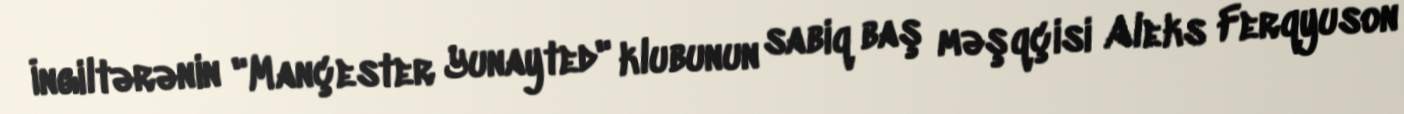
İngiltərənin "Mançester Yunayted" klubunun sabiq baş məşqçisi Aleks Ferqyuson